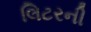
લિટરની